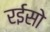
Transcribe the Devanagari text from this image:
रईसो